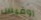
روفيس